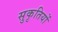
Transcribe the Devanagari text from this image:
सुकृतियों